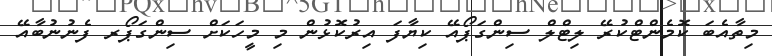
މިތާއެބަ ކޮމެންޓްކުރޭ ލިޓްލް ސިންގަޕޯއޭ ކިޔާފަ އިރުކޮޅުން މި މީހަކަށް ސިންގަޕޯރ ފެނުނުބާއޭ